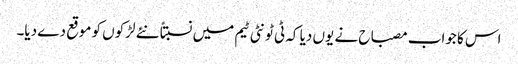
اس کا جواب مصباح نے یوں دیا کہ ٹی ٹونٹی ٹیم میں نسبتاً نئے لڑکوں کو موقع دے دیا۔